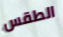
الطقس